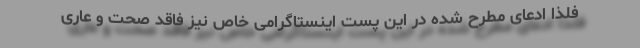
فلذا ادعای مطرح شده در این پست اینستاگرامی خاص نیز فاقد صحت و عاری